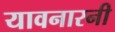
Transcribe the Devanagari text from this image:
यावनारनी